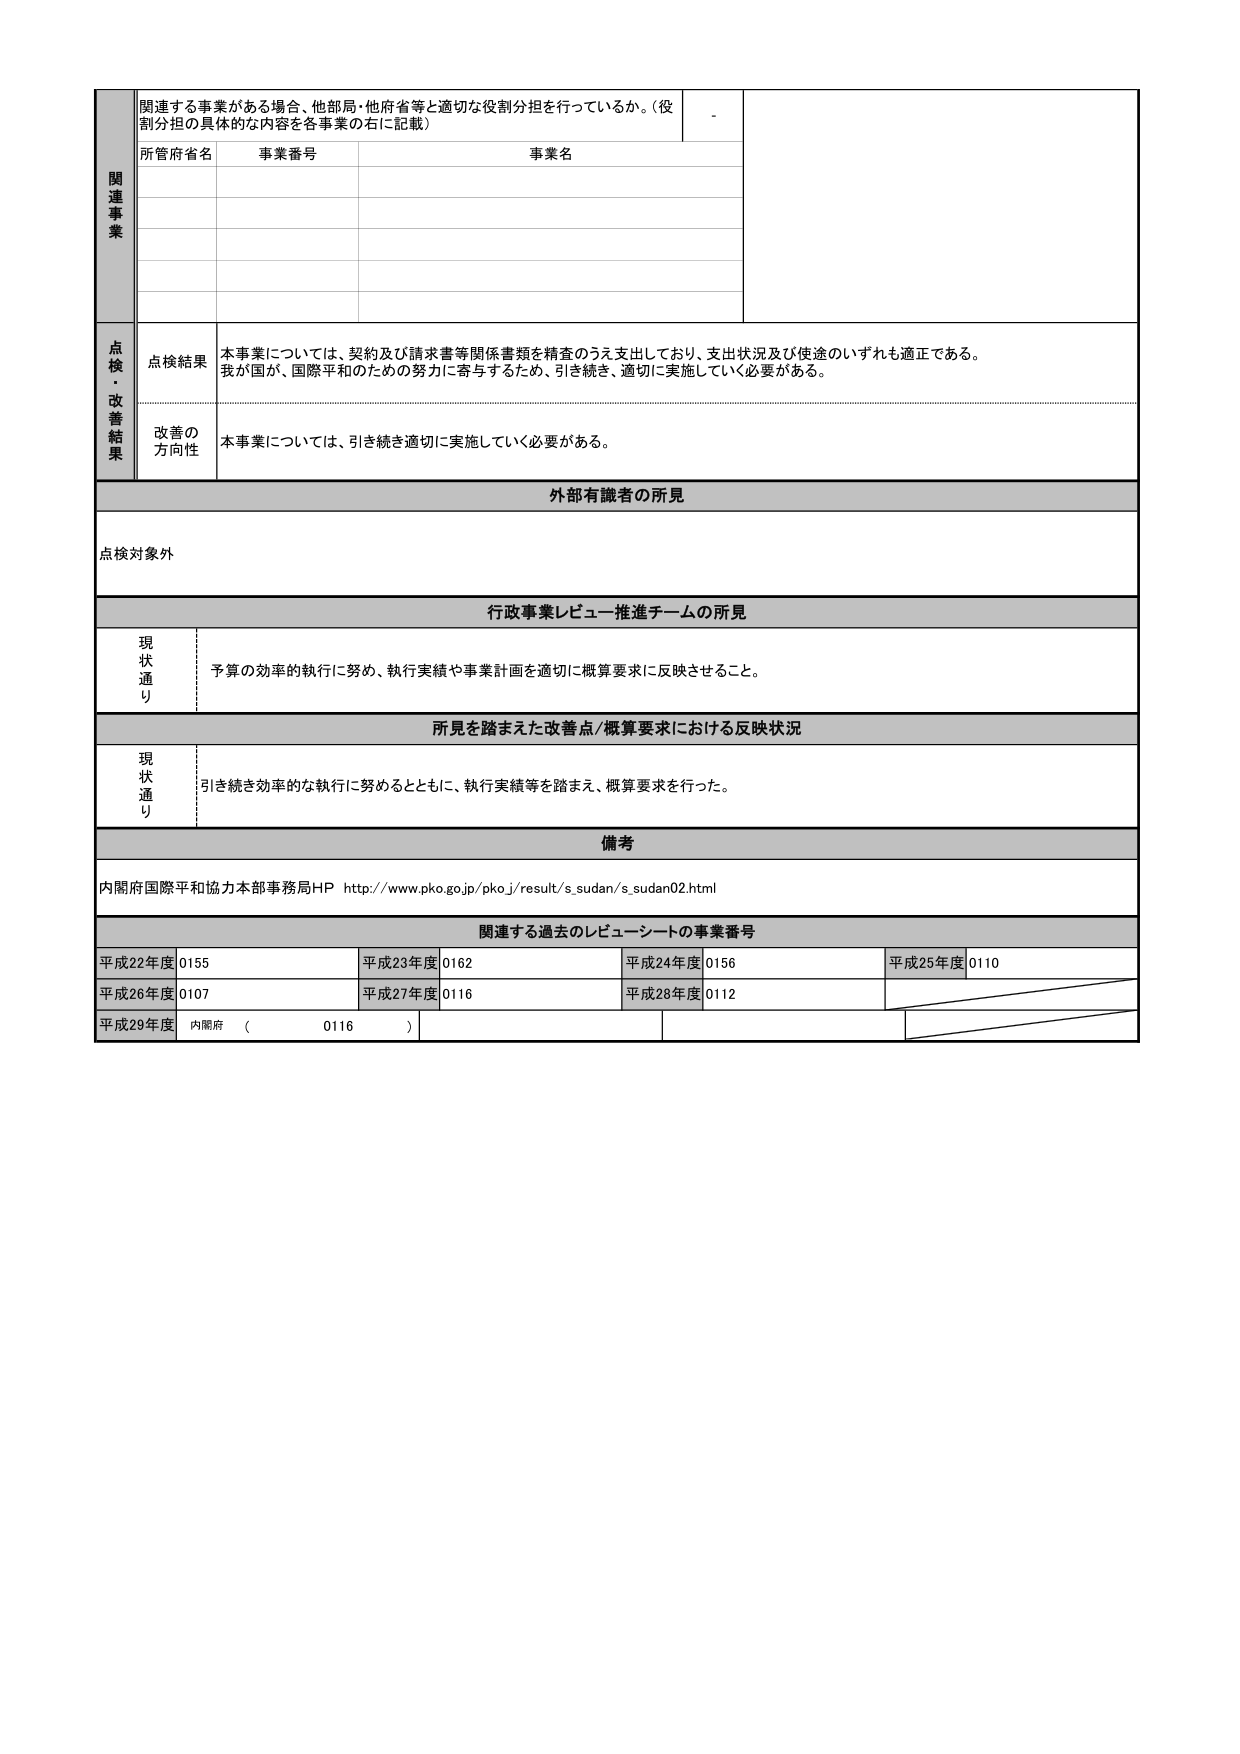
関連する事業がある場合、他部局・他府省等と適切な役割分担を行っているか。（役割分担の具体的な内容を各事業の右に記載）
-
所管府省名
事業番号
事業名
点検・改善結果
点検結果
本事業については、契約及び請求書等関係書類を精査のうえ支出しており、支出状況及び使途のいずれも適正である。我が国が、国際平和のための努力に寄与するため、引き続き、適切に実施していく必要がある。
改善の方向性
本事業については、引き続き適切に実施していく必要がある。
外部有識者の所見
点検対象外
行政事業レビュー推進チームの所見
現状通り
予算の効率的執行に努め、執行実績や事業計画を適切に概算要求に反映させること。
所見を踏まえた改善点/概算要求における反映状況
現状通り
引き続き効率的な執行に努めるとともに、執行実績等を踏まえ、概算要求を行った。
備考
内閣府国際平和協力本部事務局HP http://www.pko.go.jp/pko_j/result/s_sudan/s_sudan02.html
関連する過去のレビューシートの事業番号
平成22年度 0155
平成23年度 0162
平成24年度 0156
平成25年度 0110
平成26年度 0107
平成27年度 0116
平成28年度 0112
平成29年度 内閣府 （ 0116 ）